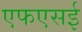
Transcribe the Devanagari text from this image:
एफएसई